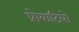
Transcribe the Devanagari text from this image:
प्रोबाटियो